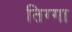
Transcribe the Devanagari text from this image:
तिग्गा